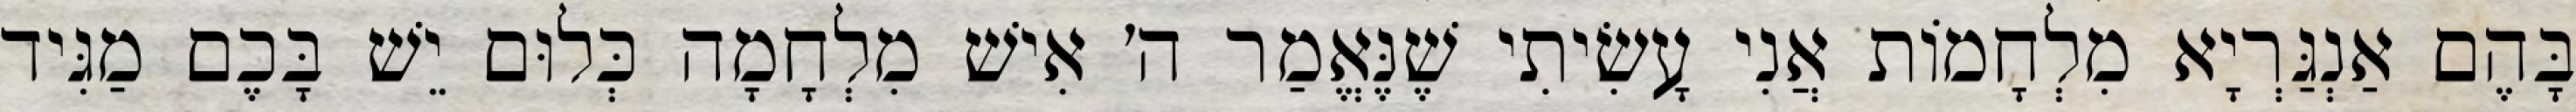
בָּהֶם אַנְגַּרְיָא מִלְחָמוֹת אֲנִי עָשִׂיתִי שֶׁנֶּאֱמַר ה׳ אִישׁ מִלְחָמָה כְּלוּם יֵשׁ בָּכֶם מַגִּיד